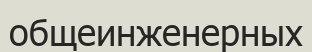
общеинженерных